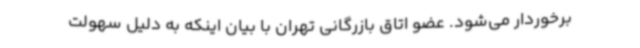
برخوردار می‌شود. عضو اتاق بازرگانی تهران با بیان اینکه به دلیل سهولت